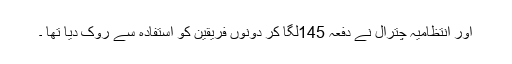
اور انتظامیہ چترال نے دفعہ 145لگا کر دونوں فریقین کو استفادہ سے روک دیا تھا ۔